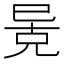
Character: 𫶶